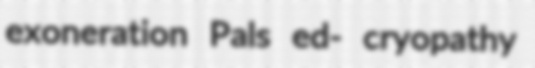
exoneration Pals ed- cryopathy